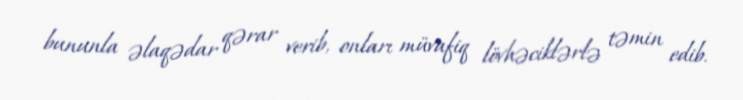
bununla əlaqədar qərar verib, onları müvafiq lövhəciklərlə təmin edib.